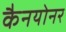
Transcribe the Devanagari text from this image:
कैनयोनर